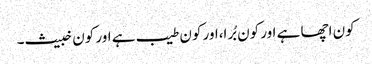
کون اچھا ہے اور کون بُرا،اور کون طیب ہے اور کون خبیث۔